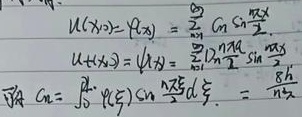
而
\[\begin{align*}
u(x,0)&=\varphi(x)=\sum_{n = 1}^{\infty}c_{n}\sin\frac{n\pi x}{2}\\
u_{t}(x,0)&=\psi(x)=\sum_{n = 1}^{\infty}d_{n}\frac{n\pi a}{2}\sin\frac{n\pi x}{2}\\
c_{n}&=\int_{0}^{2}\varphi(\xi)\sin\frac{n\pi \xi}{2}d\xi=\frac{8}{n^{2}\pi^{2}}
\end{align*}\]